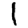
Digit: 1